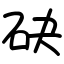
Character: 砄